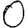
Digit: 0